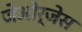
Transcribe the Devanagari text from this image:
जेओर्जेस